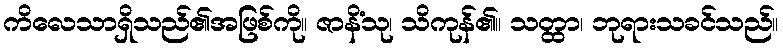
ကိလေသာရှိသည်၏အဖြစ်ကို။ ဇာနိံသု၊ သိကုန်၏။ သတ္ထာ၊ ဘုရားသခင်သည်။